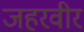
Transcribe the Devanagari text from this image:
जहरवीर